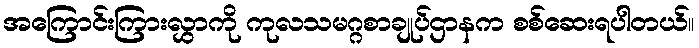
အကြောင်းကြားလွှာကို ကုလသမဂ္ဂစာချုပ်ဌာနက စစ်ဆေးရပါတယ်။